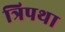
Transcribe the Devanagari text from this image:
त्रिपथा